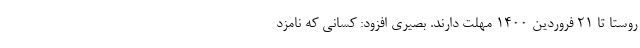
روستا تا ۲۱ فروردین ۱۴۰۰ مهلت دارند. بصیری افزود: کسانی که نامزد